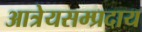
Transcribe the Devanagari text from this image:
आत्रेयसम्प्रदाय